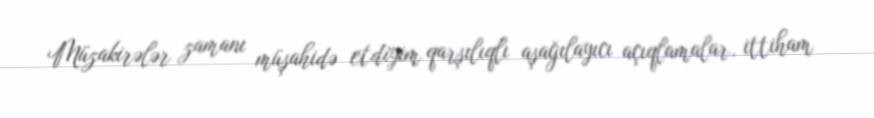
Müzakirələr zamanı müşahidə etdiyim qarşılıqlı aşağılayıcı açıqlamalar, ittiham